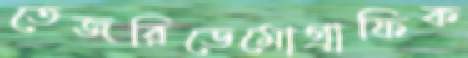
তেজরিডেমোগ্রাফিক